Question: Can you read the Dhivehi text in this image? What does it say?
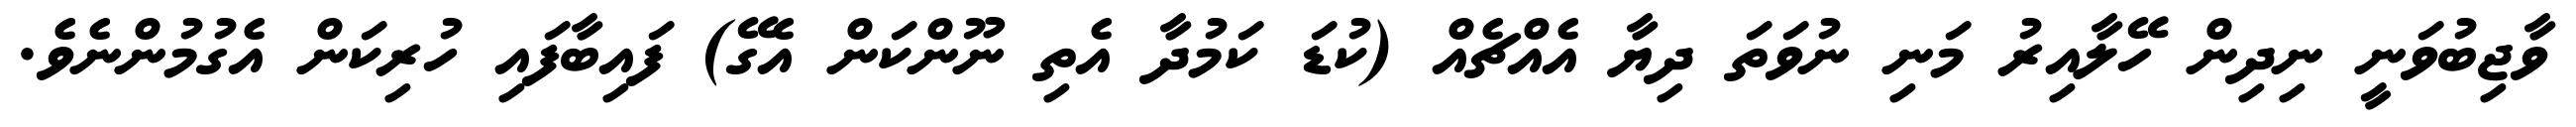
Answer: ވާޖިބުވަނީ ނިދިން ހޭލާއިރު މަނި ނުވަތަ ދިޔާ އެއްޗެއް (ކުޑަ ކަމުދާ އެތި ނޫންކަން އެގޭ) ފައިބާފައި ހުރިކަން އެގުމުންނެވެ.